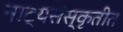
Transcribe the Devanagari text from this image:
नाट्यसंस्कृतीत